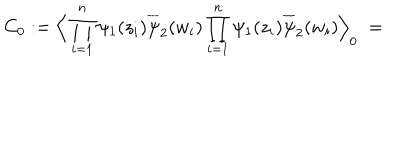
LaTeX: C _ { 0 } : = \Big \langle \prod _ { i = 1 } ^ { n } \psi _ { 1 } ( z _ { i } ) \overline { { { \psi } } } _ { 2 } ( w _ { i } ) \prod _ { i = 1 } ^ { n } \psi _ { 1 } ( z _ { i } ) \overline { { { \psi } } } _ { 2 } ( w _ { i } ) \Big \rangle _ { 0 } \; =